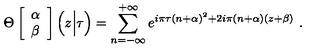
\Theta \left[ \begin{array} { c } { \alpha } \\ { \beta } \\ \end{array} \right] \Big ( z \Big | \tau \Big ) = \sum _ { n = - \infty } ^ { + \infty } e ^ { i \pi \tau ( n + \alpha ) ^ { 2 } + 2 i \pi ( n + \alpha ) ( z + \beta ) } \ .